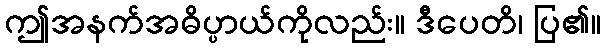
ဤအနက်အဓိပ္ပာယ်ကိုလည်း။ ဒီပေတိ၊ ပြ၏။